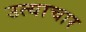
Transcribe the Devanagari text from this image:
उत्याचार